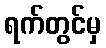
ရက်တွင်မှ